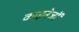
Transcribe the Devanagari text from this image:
काइनेजों